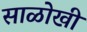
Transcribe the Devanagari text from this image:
साळोखी